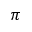
\pi